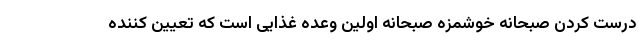
درست کردن صبحانه خوشمزه صبحانه اولین وعده غذایی است که تعیین کننده